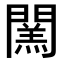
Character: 𨶅